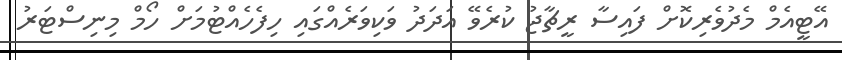
އޭޓީއެމް މެދުވެރިކޮށް ފައިސާ ރީޗާޖު ކުރެވޭ އަދަދު ވަކިވަރެއްގައި ހިފެހެއްޓުމަށް ހޯމް މިނިސްޓަރު